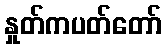
နှုတ်ကပတ်တော်